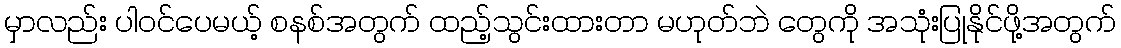
မှာလည်း ပါဝင်ပေမယ့် စနစ်အတွက် ထည့်သွင်းထားတာ မဟုတ်ဘဲ တွေကို အသုံးပြုနိုင်ဖို့အတွက်